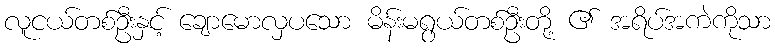
လူငယ်တစ်ဦးနှင့် ချောမောလှပသော မိန်းမရွယ်တစ်ဦးတို့ ၏ အရိပ်အကဲကိုသာ